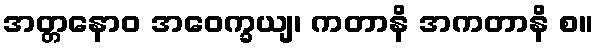
အတ္တနောဝ အဝေက္ခယျ၊ ကတာနိ အကတာနိ စ။